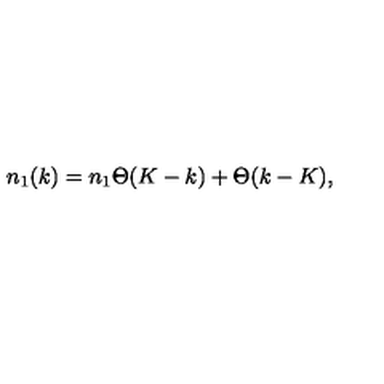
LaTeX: n _ { 1 } ( k ) = n _ { 1 } \Theta ( K - k ) + \Theta ( k - K ) ,